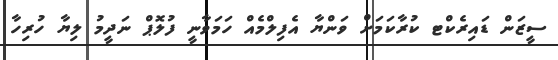
ސީޒަން ޑައިރެކްޓ ކުރާކަމަށް ވަންޔާ އެފިލްމެއް ހަމަވާނީ ފުލޮޕް ނަދީމު ލިޔާ ހުރިހާ